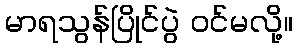
မာရသွန်ပြိုင်ပွဲ ဝင်မလို့။